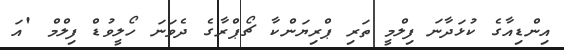
އިންޑިއާގެ ކުޅަދާނަ ފިލްމީ ތަރި ޕްރިޔަންކާ ޗޯޕްރާގެ ދެވަނަ ހޯލީވުޑް ފިލްމް 'އަ